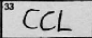
Transcription: CCL